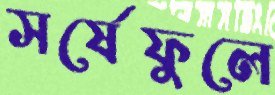
সর্ষেফুলে